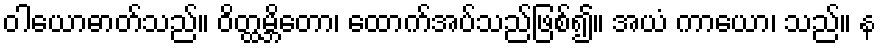
ဝါယောဓာတ်သည်။ ဝိတ္ထမ္ဘိတော၊ ထောက်အပ်သည်ဖြစ်၍။ အယံ ကာယော၊ သည်။ န